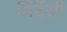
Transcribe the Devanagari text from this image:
मिर्टेसी